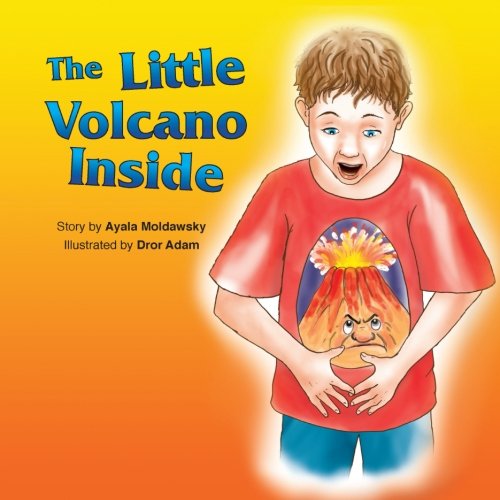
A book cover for The Little Volcano Inside; Ayala Moldawsky; Teen & Young Adult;